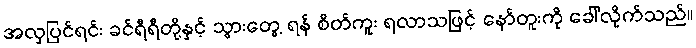
အလှပြင်ရင်း ခင်ရီရီတို့နှင့် သွားတွေ့ ရန် စိတ်ကူး ရလာသဖြင့် နော်တူးကို ခေါ်လိုက်သည်။